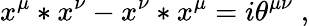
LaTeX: x^{\mu}*x^{\nu}-x^{\nu}*x^{\mu}=i\theta^{\mu\nu}\; ,